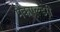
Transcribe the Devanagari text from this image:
मैकएल्डरी